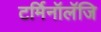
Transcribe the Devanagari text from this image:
टर्मिनॉलॅजि